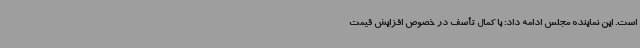
است. این نماینده مجلس ادامه داد: با کمال تأسف در خصوص افزایش قیمت